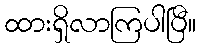
ထားရှိလာကြပါပြီ။